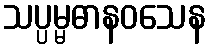
သပ္ပမ္မဓာနဝသေန